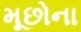
મૂછોના